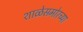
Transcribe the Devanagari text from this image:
शाळेसमोरच्या